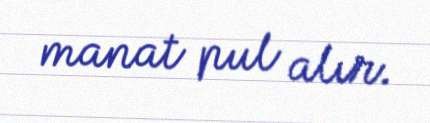
manat pul alır.